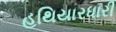
હથિયારધારી